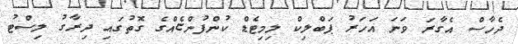
ދެހާސް އެގާރަ ވަނަ އަހަރު ޕަބްލިކް ލިމިޓެޑް ކުންފުންޏެއްގެ ގޮތުގައި ދިރާގު ލިސްޓު